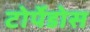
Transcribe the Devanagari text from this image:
टोर्पेडोस